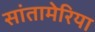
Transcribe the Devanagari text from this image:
सांतामेरिया